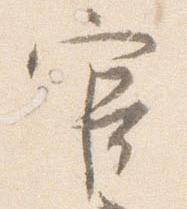
官